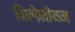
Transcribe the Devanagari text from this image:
मिलेनीयम